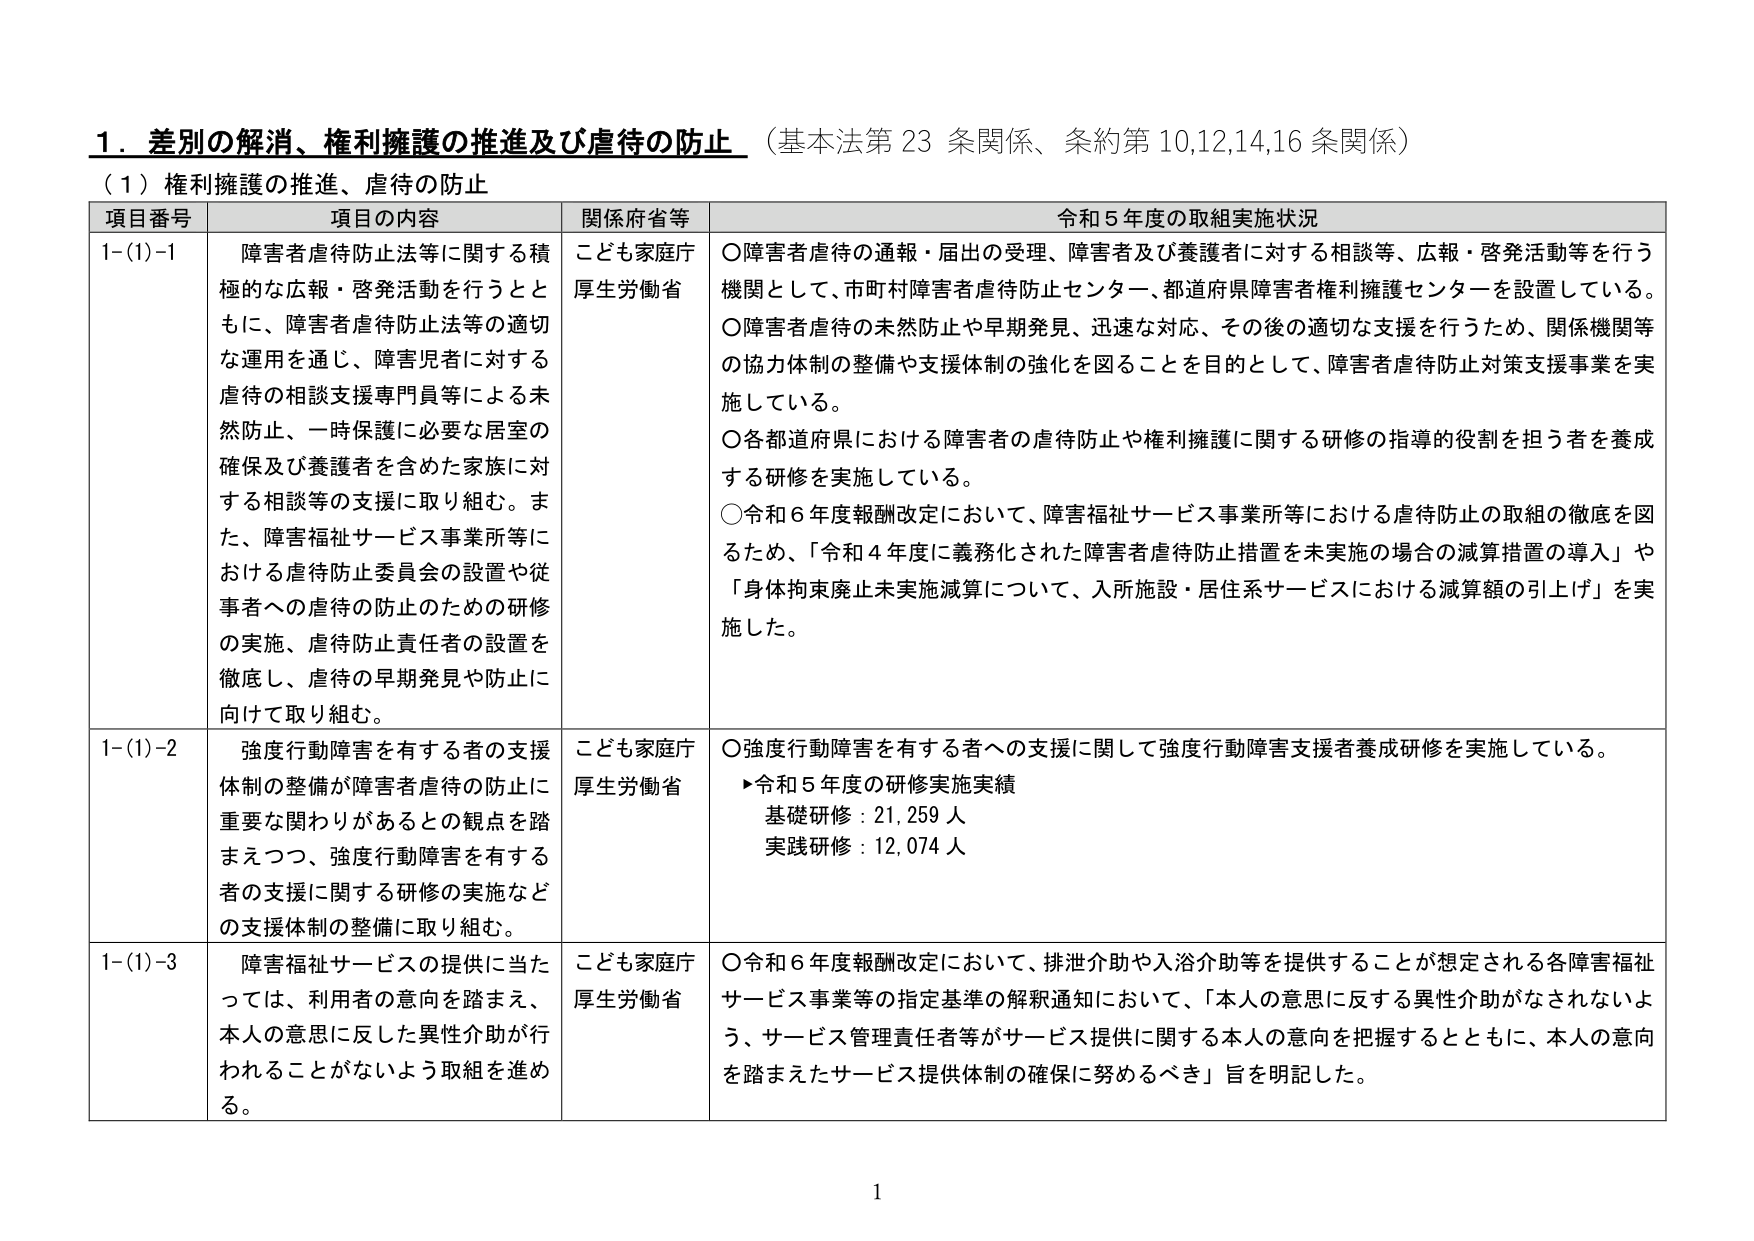
1．差別の解消、権利擁護の推進及び虐待の防止（基本法第23条関係、条約第10,12,14,16条関係）
（1）権利擁護の推進、虐待の防止

項目番号 項目の内容 関係府省等 令和5年度の取組実施状況
1-(1)-1 障害者虐待防止法等に関する積極的な広報・啓発活動を行うとともに、障害者虐待防止法等の適切な運用を通じ、障害児者に対する虐待の相談支援専門員等による未然防止、一時保護に必要な居室の確保及び養護者を含めた家族に対する相談等の支援に取り組む。また、障害福祉サービス事業所等における虐待防止委員会の設置や従事者への虐待の防止のための研修の実施、虐待防止責任者の設置を徹底し、虐待の早期発見や防止に向けて取り組む。 こども家庭庁 厚生労働省 ○障害者虐待の通報・届出の受理、障害者及び養護者に対する相談等、広報・啓発活動等を行う機関として、市町村障害者虐待防止センター、都道府県障害者権利擁護センターを設置している。
○障害者虐待の未然防止や早期発見、迅速な対応、その後の適切な支援を行うため、関係機関等の協力体制の整備や支援体制の強化を図ることを目的として、障害者虐待防止対策支援事業を実施している。
○各都道府県における障害者の虐待防止や権利擁護に関する研修の指導的役割を担う者を養成する研修を実施している。
○令和6年度報酬改定において、障害福祉サービス事業所等における虐待防止の取組の徹底を図るため、「令和4年度に義務化された障害者虐待防止措置を未実施の場合の減算措置の導入」や「身体拘束廃止未実施減算について、入所施設・居住系サービスにおける減算額の引上げ」を実施した。
1-(1)-2 強度行動障害を有する者の支援体制の整備が障害者虐待の防止に重要な関わりがあるとの観点を踏まえつつ、強度行動障害を有する者の支援に関する研修の実施などの支援体制の整備に取り組む。 こども家庭庁 厚生労働省 ○強度行動障害を有する者への支援に関して強度行動障害支援者養成研修を実施している。
▶令和5年度の研修実施実績
基礎研修：21,259人
実践研修：12,074人
1-(1)-3 障害福祉サービスの提供に当たっては、利用者の意向を踏まえ、本人の意思に反した異性介助が行われることがないよう取組を進める。 こども家庭庁 厚生労働省 ○令和6年度報酬改定において、排泄介助や入浴介助等を提供することが想定される各障害福祉サービス事業等の指定基準の解釈通知において、「本人の意思に反する異性介助がなされないよう、サービス管理責任者等がサービス提供に関する本人の意向を把握するとともに、本人の意向を踏まえたサービス提供体制の確保に努めるべき」旨を明記した。

1